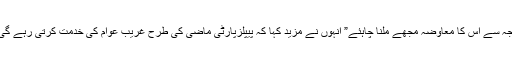
” اس لئے اس کا بیٹا ہونے کی وجہ سے اس کا معاوضہ مجھے ملنا چاہئے” انہوں نے مزید کہا کہ پیپلزپارٹی ماضی کی طرح غریب عوام کی خدمت کرتی رہے گی اور انہیں تنہا نہیں چھوڑے گی۔